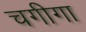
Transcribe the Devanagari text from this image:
चगीगा